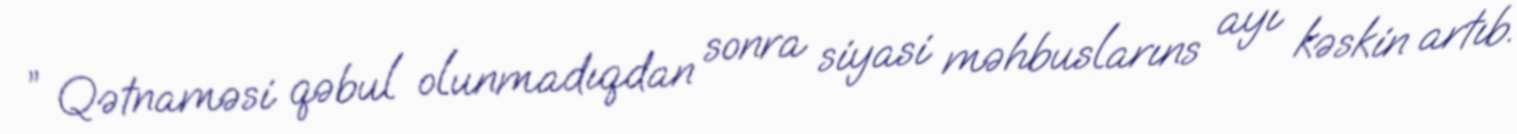
” Qətnaməsi qəbul olunmadıqdan sonra siyasi məhbuslarıns ayı kəskin artıb.